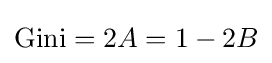
{\text{Gini}}=2A=1-2B